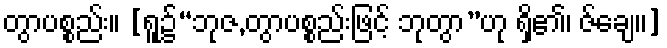
တွာပစ္စည်း။ [ရူ၌“ဘုဇ,တွာပစ္စည်းဖြင့် ဘုတွာ”ဟု ရှိ၏၊ ဇ်ချေ၊၊]